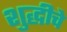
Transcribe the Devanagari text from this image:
शुद्धीचे